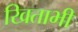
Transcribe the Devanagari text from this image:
खिताभी